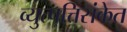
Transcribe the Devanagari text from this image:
व्युत्पत्तिसंकेत